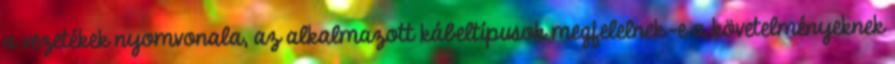
a vezetékek nyomvonala, az alkalmazott kábeltípusok megfelelnek-e a követelményeknek